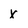
Character: x